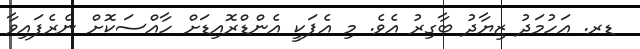
ޑރ. އަހުމަދު ޒިޔާދު ބާގިރު އެވެ. މި އެޕަކީ އެންޑްރޮއިޑަށް ހާއްސަކޮށް ނެރެފައިވާ